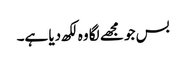
بس جو مجھے لگا وہ لکھ دیا ہے۔